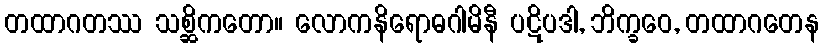
တထာဂတဿ သစ္ဆိကတော။ လောကနိရောဓဂါမိနီ ပဋိပဒါ, ဘိက္ခဝေ, တထာဂတေန